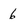
Character: 6